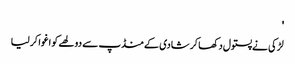
'
لڑکی نے پستول دکھا کر شادی کے منڈپ سے دولھے کو اغوا کر لیا